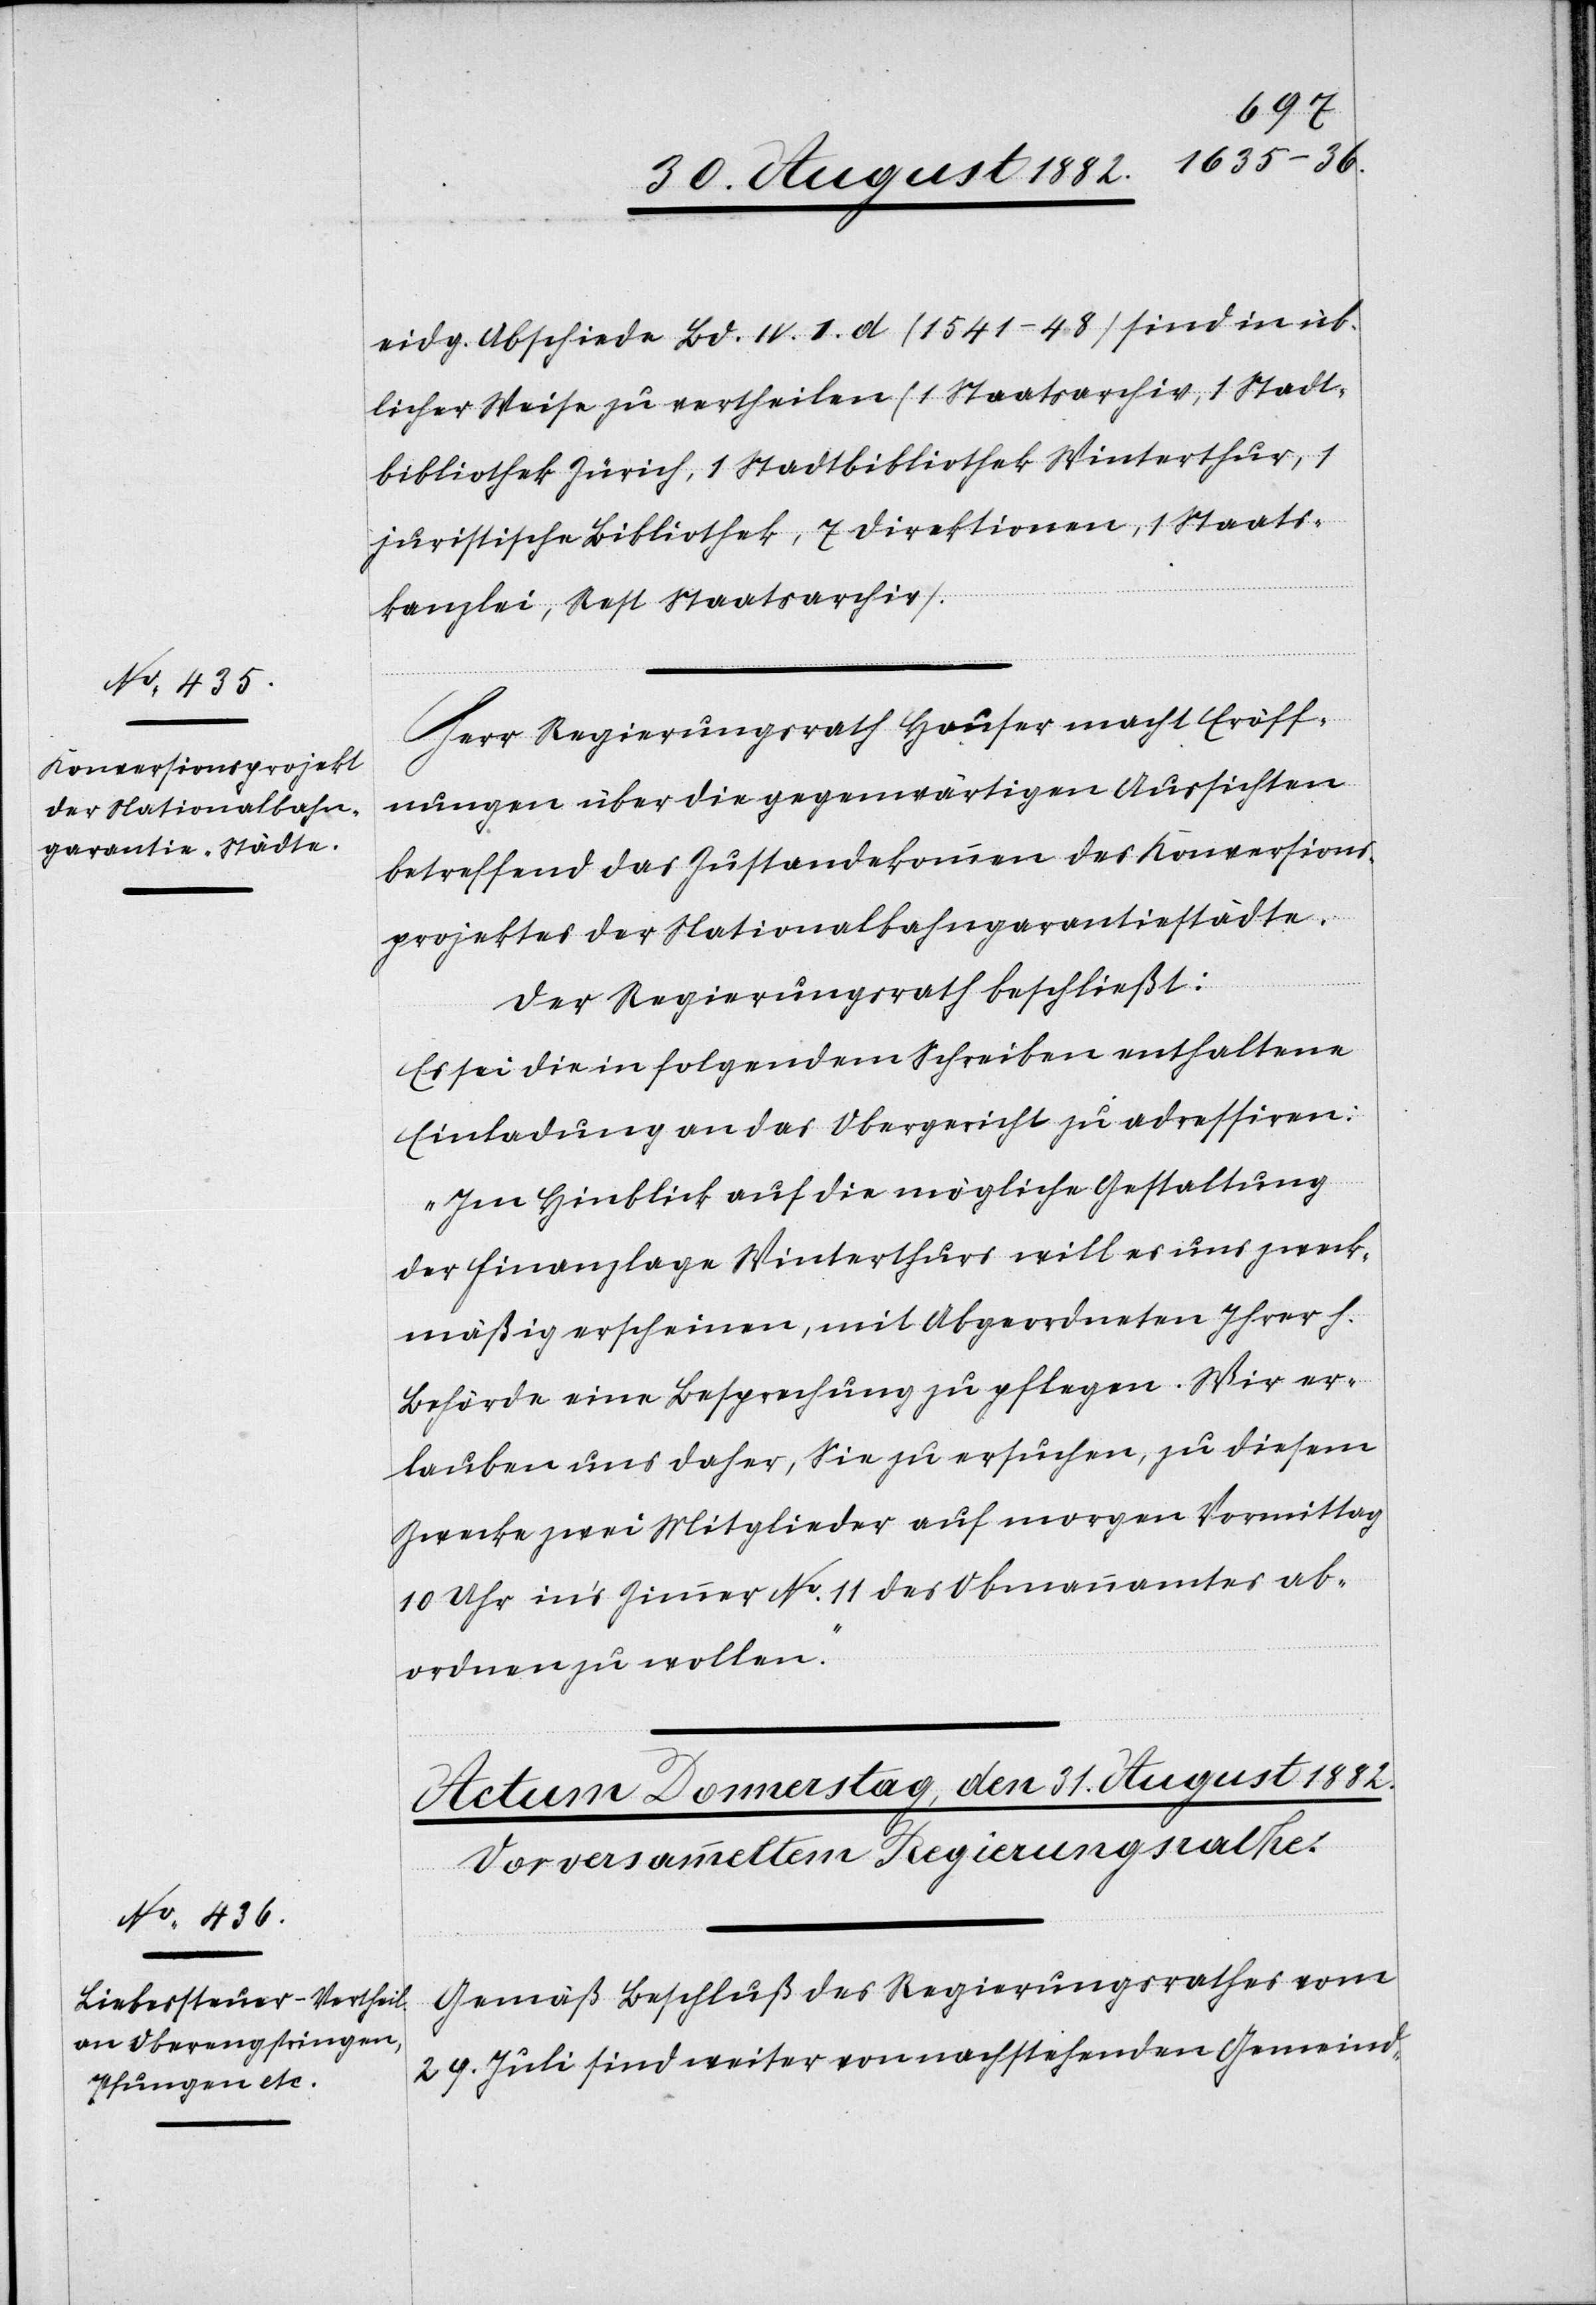
eidg. Abschiede Bd. IV. 1. d (1541–48) sind in üb¬
licher Weise zu vertheilen (1 Staatsarchiv, 1 Stadt¬
bibliothek Zürich, 1 Stadtbibliothek Winterthur, 1
juristische Bibliothek, 7 Direktionen, 1 Staats¬
kanzlei, Rest Staatsarchiv).
Herr Regierungsrath Hauser macht Eröff¬
nungen über die gegenwärtigen Aussichten
betreffend das Zustandekommen des Konversions¬
projektes der Nationalbahngarantiestädte.
Der Regierungsrath beschließt:
Es sei die in folgendem Schreiben enthaltene
Einladung an das Obergericht zu adressiren:
„Im Hinblick auf die mögliche Gestaltung
der Finanzlage Winterthurs will es uns zweck¬
mäßig erscheinen, mit Abgeordneten Ihrer h.
Behörde eine Besprechung zu pflegen. Wir er¬
lauben uns daher, Sie zu ersuchen, zu diesem
Zwecke zwei Mitglieder auf morgen Vormittag
10 Uhr in’s Zimmer No 11 des Obmannamtes ab¬
ordnen zu wollen.“
Gemäß Beschluß des Regierungsrathes vom
29. Juli sind weiter von nachstehenden Gemeind-